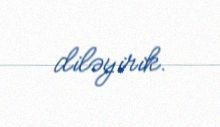
diləyirik.